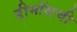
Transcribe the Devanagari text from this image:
डीमॉसची